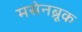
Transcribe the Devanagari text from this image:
मसेनब्रूक